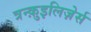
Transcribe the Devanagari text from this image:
त्रन्क़ुइलिज़ेर्स